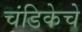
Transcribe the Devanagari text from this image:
चंडिकेचे